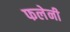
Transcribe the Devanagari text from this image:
फलेनी